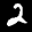
Label: 2